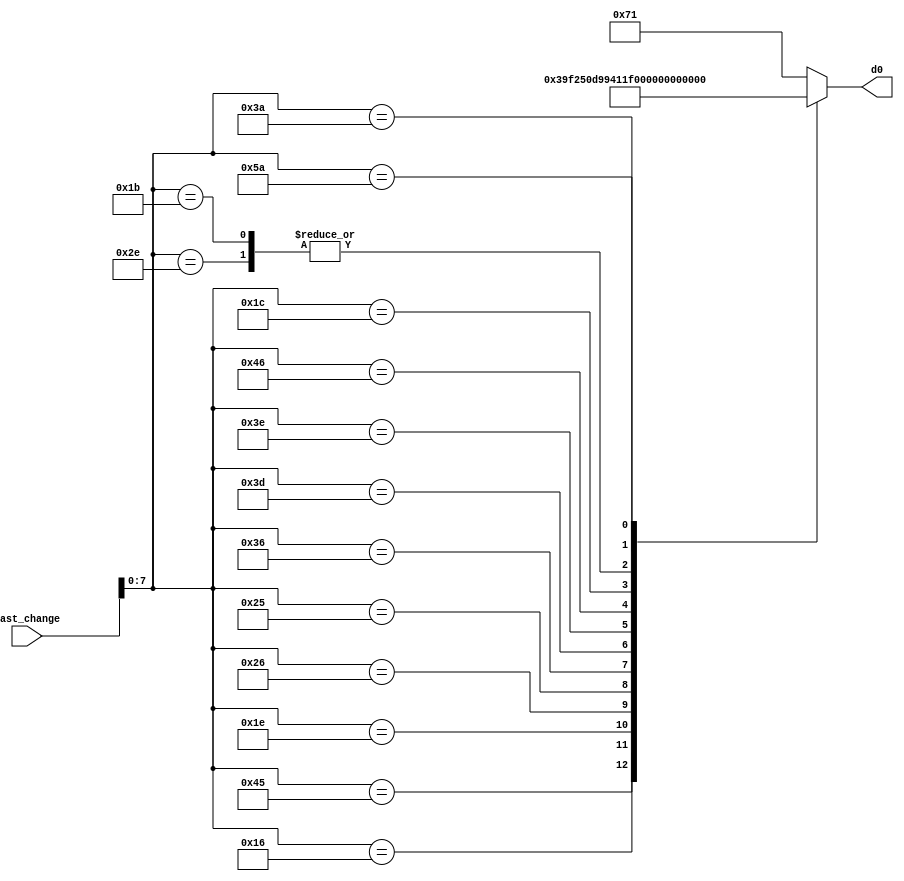
`timescale 1ns / 1ps
//////////////////////////////////////////////////////////////////////////////////
// Company: 
// Engineer: 
// 
// Design Name: 
// Module Name: ssd_decoder
// Project Name: 
// Target Devices: 
// Tool Versions: 
// Description: 
// 
// Dependencies: 
// 
// Revision:
// Revision 0.01 - File Created
// Additional Comments:
// 
//////////////////////////////////////////////////////////////////////////////////


module ssd_decoder(
    input [8:0] last_change,
    //output refresh_en,
    output reg [7:0] d0
    );
    wire [7:0] value;
  //  wire refresh_en;
    assign value = last_change[7:0];
    assign refresh_en = (last_change==8'h1B) || (last_change==8'h1C) || (last_change==8'h3A) || (last_change==8'h5A);
    always@*
        begin
            case(value)
            8'h45: d0 <= 8'b00000011; //0
            8'h16: d0 <= 8'b10011111; //1
            8'h1E: d0 <= 8'b00100101; //2
            8'h26: d0 <= 8'b00001101; //3
            8'h25: d0 <= 8'b10011001; //4
            8'h2E: d0 <= 8'b01001001; //5
            8'h36: d0 <= 8'b01000001; //6
            8'h3D: d0 <= 8'b00011111; //7
            8'h3E: d0 <= 8'b00000001; //8
            8'h46: d0 <= 8'b00001001; //9
            8'h1C: d0 <= 8'b00010001; //A
            8'h1B: d0 <= 8'b01001001; //S
            9'h3A: d0 <= 8'b11010101; //M
            9'h5A: d0 <= 8'b11111110; //refresh .
            default: d0 <= 8'b01110001;
            endcase
        end
endmodule